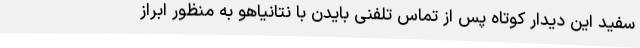
سفید این دیدار کوتاه پس از تماس تلفنی بایدن با نتانیاهو به منظور ابراز